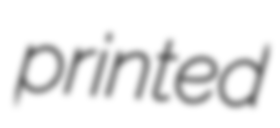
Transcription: printed